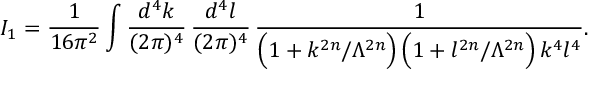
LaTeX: I _ { 1 } = \frac { 1 } { 1 6 \pi ^ { 2 } } \int \frac { d ^ { 4 } k } { ( 2 \pi ) ^ { 4 } } \, \frac { d ^ { 4 } l } { ( 2 \pi ) ^ { 4 } } \, \frac { 1 } { \Big ( 1 + k ^ { 2 n } / \Lambda ^ { 2 n } \Big ) \, \Big ( 1 + l ^ { 2 n } / \Lambda ^ { 2 n } \Big ) \, k ^ { 4 } l ^ { 4 } } .